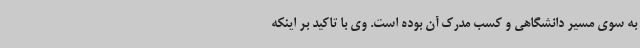
به سوی مسیر دانشگاهی و کسب مدرک آن بوده است. وی با تاکید بر اینکه